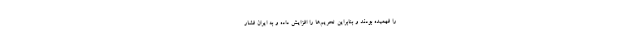
را فهمیده بودند و بنابراین تحریم‌ها را افزایش داده و به ایران فشار